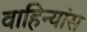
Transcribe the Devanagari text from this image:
वाहिन्यांस